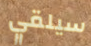
سيلقي